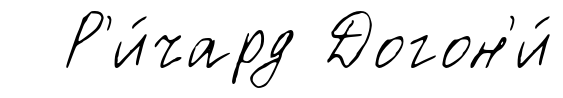
Р'и́чард Догон'и́